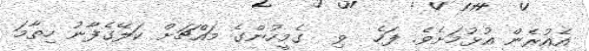
އެއުރެން އުޅުމަށެވެ. ފަހެ  ވި  ގެމީހުންގެ މައްޗަށް ކަލޭގެފާނު ހިތާމަ